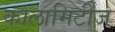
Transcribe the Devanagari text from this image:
कालामिटीज